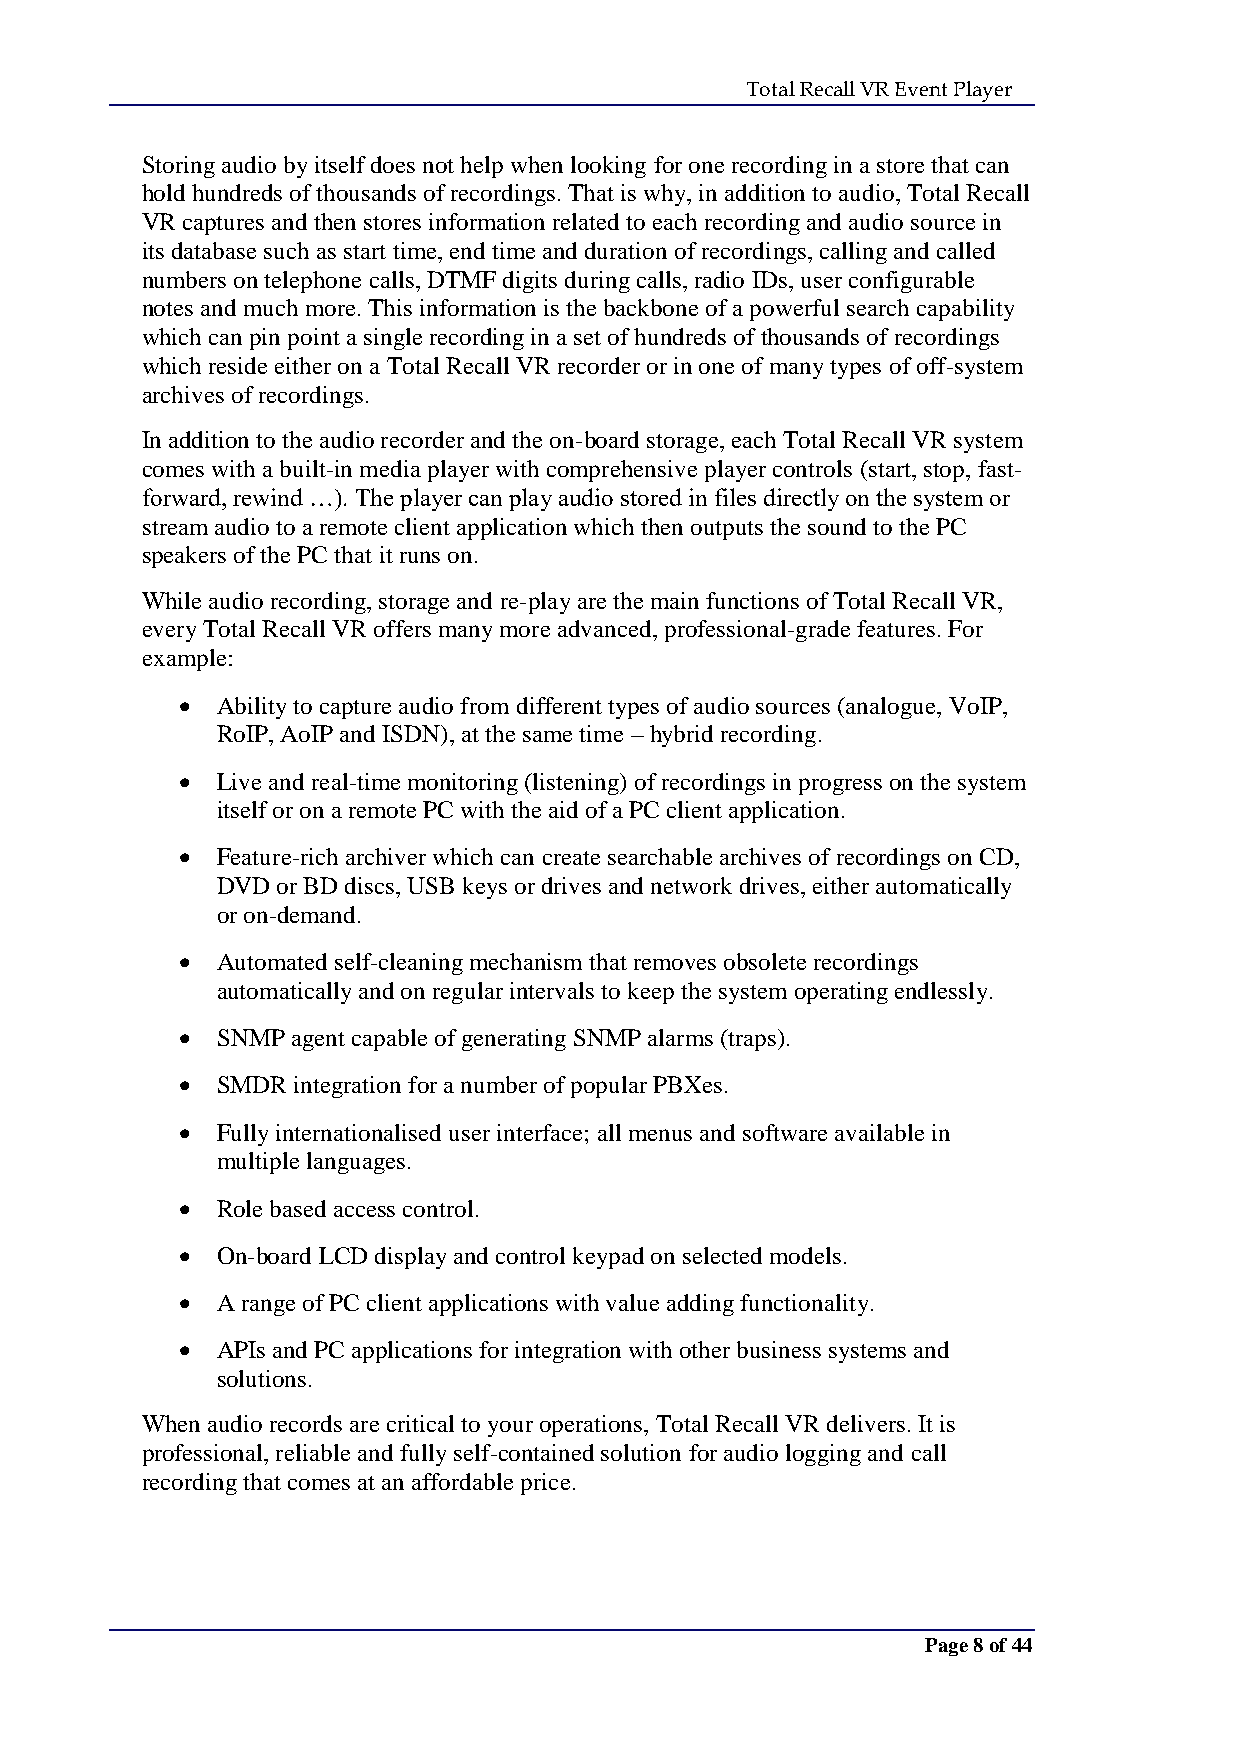
Total Recall VR Event Player
 Storing audio by itself does not help when looking for one recording in a store that can
 hold hundreds of thousands of recordings. That is why, in addition to audio, Total Recall
 VR captures and then stores information related to each recording and audio source in
 its database such as start time, end time and duration of recordings, calling and called
 numbers on telephone calls, DTMF digits during calls, radio IDs, user configurable
 notes and much more. This information is the backbone of a powerful search capability
 which can pin point a single recording in a set of hundreds of thousands of recordings
 which reside either on a Total Recall VR recorder or in one of many types of off-system
 archives of recordings.
 In addition to the audio recorder and the on-board storage, each Total Recall VR system
 comes with a built-in media player with comprehensive player controls (start, stop, fast-
 forward, rewind …). The player can play audio stored in files directly on the system or
 stream audio to a remote client application which then outputs the sound to the PC
 speakers of the PC that it runs on.
 While audio recording, storage and re-play are the main functions of Total Recall VR,
 every Total Recall VR offers many more advanced, professional-grade features. For
 example:
  Ability to capture audio from different types of audio sources (analogue, VoIP,
 RoIP, AoIP and ISDN), at the same time – hybrid recording.
  Live and real-time monitoring (listening) of recordings in progress on the system
 itself or on a remote PC with the aid of a PC client application.
  Feature-rich archiver which can create searchable archives of recordings on CD,
 DVD or BD discs, USB keys or drives and network drives, either automatically
 or on-demand.
  Automated self-cleaning mechanism that removes obsolete recordings
 automatically and on regular intervals to keep the system operating endlessly.
  SNMP agent capable of generating SNMP alarms (traps).
  SMDR integration for a number of popular PBXes.
  Fully internationalised user interface; all menus and software available in
 multiple languages.
  Role based access control.
  On-board LCD display and control keypad on selected models.
  A range of PC client applications with value adding functionality.
  APIs and PC applications for integration with other business systems and
 solutions.
 When audio records are critical to your operations, Total Recall VR delivers. It is
 professional, reliable and fully self-contained solution for audio logging and call
 recording that comes at an affordable price.
 Page 8 of 44